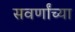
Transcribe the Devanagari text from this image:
सवर्णांच्या